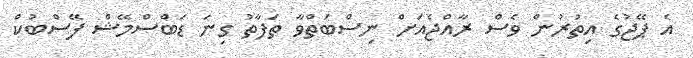
އެ ޕޭޖުގެ އިތުރުން ވެސް ރާއްޖެއަށް ނިސްބަތްވާ ތަފާތު ގިނަ ޑަބްސްމޭޝް ފޭސްބުކް